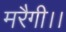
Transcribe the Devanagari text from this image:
मरैगी।।